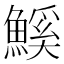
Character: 𮬊